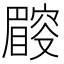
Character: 𥋜